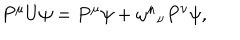
P ^ { \mu } U \psi = P ^ { \mu } \psi + \omega ^ { \mu } { } _ { \nu } P ^ { \nu } \psi ,